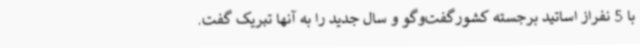
با 5 نفراز اساتید برجسته کشورگفت‌وگو و سال جدید را به آنها تبریک گفت.